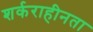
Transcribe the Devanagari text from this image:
शर्कराहीनता